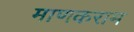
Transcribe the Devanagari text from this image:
माणकराम